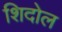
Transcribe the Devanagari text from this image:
शिदोल